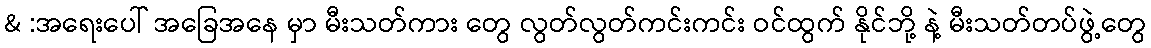
& :အရေးပေါ် အခြေအနေ မှာ မီးသတ်ကား တွေ လွတ်လွတ်ကင်းကင်း ဝင်ထွက် နိုင်ဘို့ နဲ့ မီးသတ်တပ်ဖွဲ့တွေ